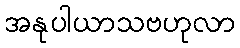
အနုပါယာသဗဟုလာ